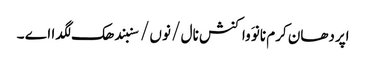
اپردھان کرم نانوَ واکنش نال / نوں / سنبندھک لگدا اے ۔